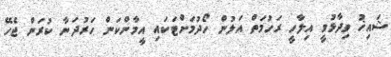
ޝައިޚު ވިދާޅުވީ އިލާހީ ރަހުމަތް އަލުން ހޯދުމަށްޓަކައި އީމާންކަން ހަރުދަނާ ކުރަން ޖެހޭ